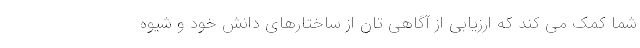
شما کمک می کند که ارزیابی از آگاهی تان از ساختارهای دانش خود و شیوه